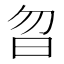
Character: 㫚